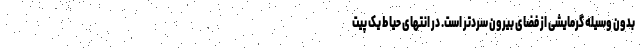
بدون وسیله گرمایشی از فضای بیرون سردتر است. در انتهای حیاط یک پیت